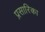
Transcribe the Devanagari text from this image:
प्रसारिका